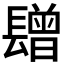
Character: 𨲯